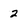
Character: 2